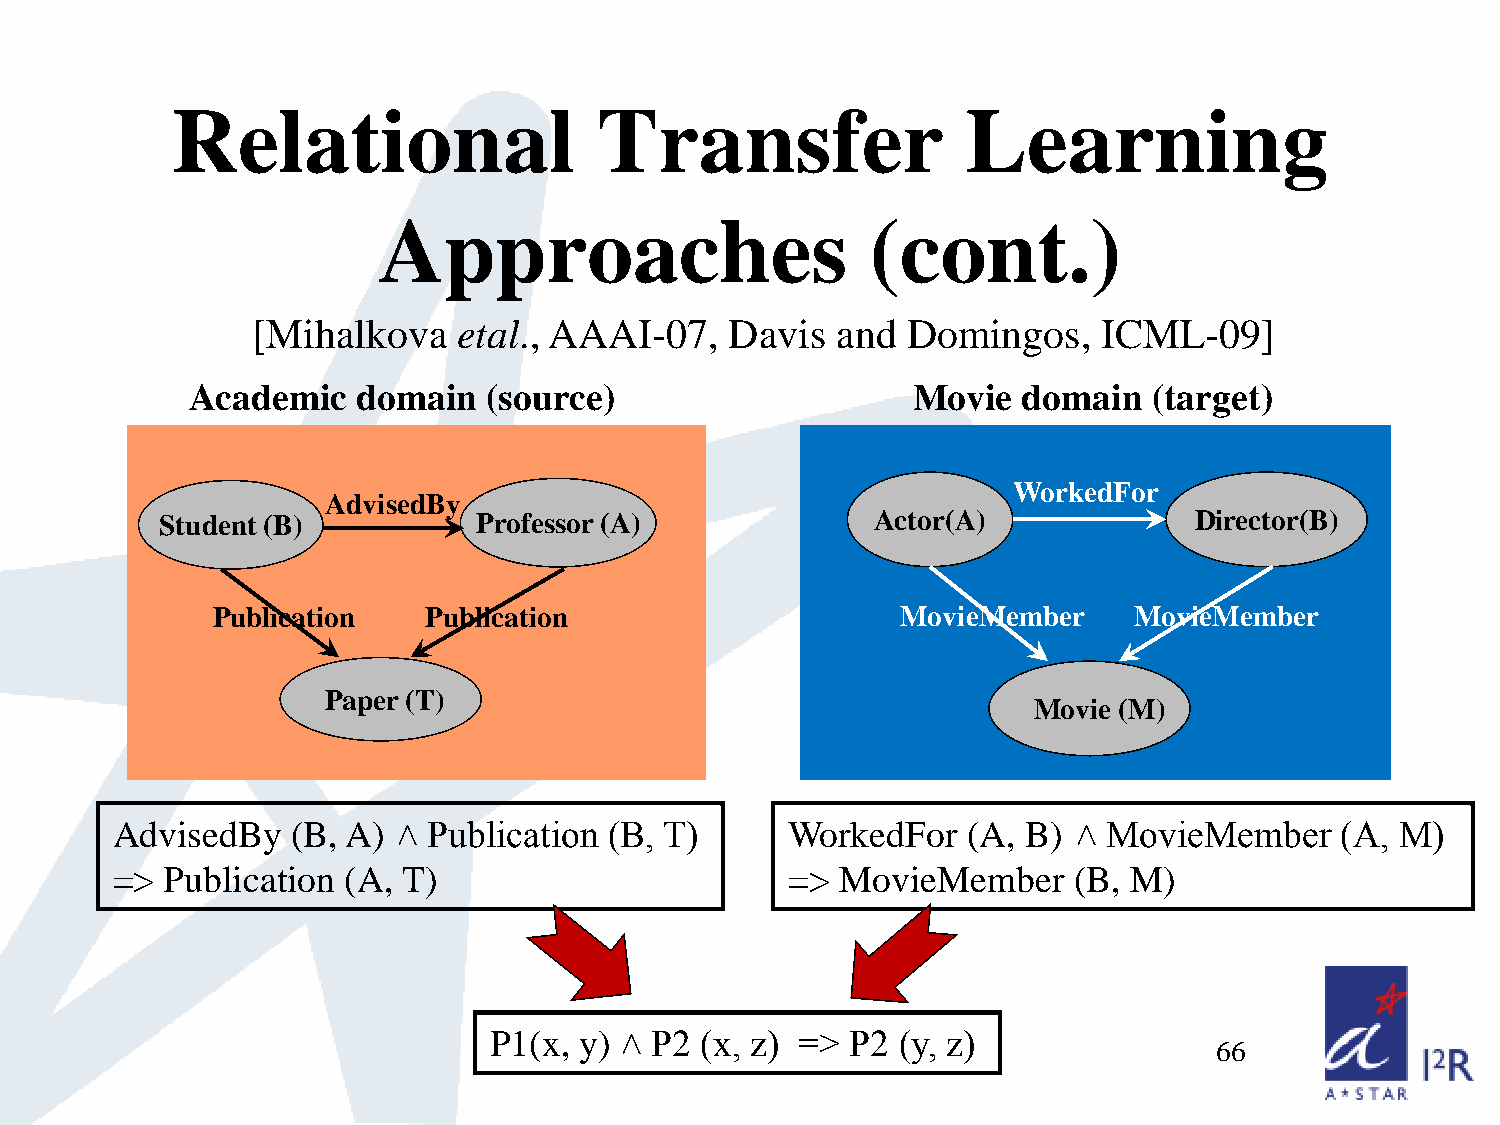
Relational                   Transfer                Learning
 Approaches                       (cont.)
 [Mihalkova   etal., AAAI-07,   Davis  and  Domingos,    ICML-09]
 Academic   domain  (source)                    Movie   domain  (target)
 WorkedFor
 AdvisedBy
 Student (B)          Professor (A)             Actor(A)             Director(B)
 Publication   Publication                     MovieMember    MovieMember
 Paper (T)
 Movie (M)
 AdvisedBy   (B, A) ˄ Publication (B, T)      WorkedFor   (A, B) ˄ MovieMember     (A, M)
 =>  Publication (A, T)                       =>  MovieMember    (B, M)
 P1(x, y) ˄ P2 (x, z) => P2  (y, z)
 66